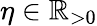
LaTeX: \eta\in\mathbb{R}_{>0}